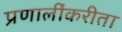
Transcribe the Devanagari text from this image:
प्रणालींकरीता